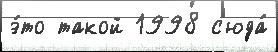
э́то такой 1998 с'юда́